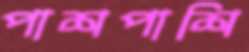
পাশপাশি